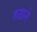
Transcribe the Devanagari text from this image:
हठाने